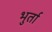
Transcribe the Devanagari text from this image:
भुर्ता